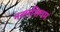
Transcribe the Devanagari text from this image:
नल्लशिवम